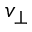
v _ { \perp }